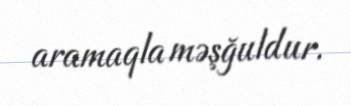
aramaqla məşğuldur.